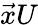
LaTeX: \vec{x}U